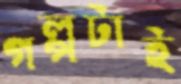
গল্পটাই